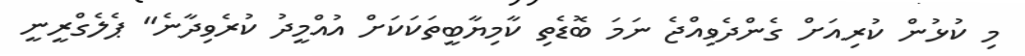
މި ކުޅުން ކުރިއަށް ގެންދެވިއްޖެ ނަމަ ބޮޑެތި ކާމިޔާބީތަކަކަށް އުއްމީދު ކުރެވިދާނެ" ޕެލެގްރީނީ